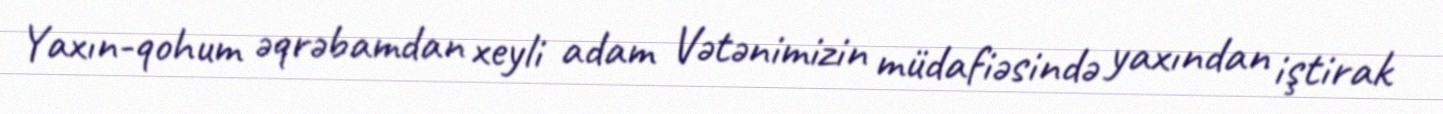
Yaxın-qohum əqrəbamdan xeyli adam Vətənimizin müdafiəsində yaxından iştirak